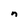
Character: n